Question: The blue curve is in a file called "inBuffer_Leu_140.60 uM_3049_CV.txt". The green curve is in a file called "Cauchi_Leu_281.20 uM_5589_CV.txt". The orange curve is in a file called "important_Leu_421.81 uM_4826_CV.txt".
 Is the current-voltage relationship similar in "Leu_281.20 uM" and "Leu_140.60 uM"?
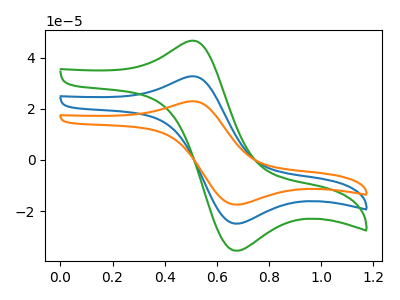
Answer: <think>The blue curve "Leu_140.60 uM" has an anodic peak at (0.50V, 32.60uA) and a cathodic peak at (0.65V, -24.85uA). The green curve "Leu_281.20 uM" has an anodic peak at (0.50V, 46.45uA) and a cathodic peak at (0.65V, -35.45uA). The orange curve "Leu_421.81 uM" has an anodic peak at (0.50V, 65.15uA) and a cathodic peak at (0.65V, -49.70uA).
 All the peaks in "Leu_281.20 uM" have a peak in "Leu_140.60 uM" at the same potential. Every peak in "Leu_281.20 uM" is higher than every peak in "Leu_140.60 uM".</think>
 <answer>"Leu_281.20 uM" and "Leu_140.60 uM" are similar in shape.</answer>
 <eval>same_shape</eval>